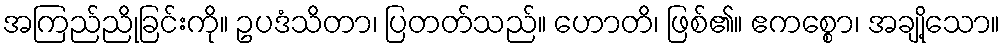
အကြည်ညိုခြင်းကို။ ဥပဒံသိတာ၊ ပြတတ်သည်။ ဟောတိ၊ ဖြစ်၏။ ဧကစ္စော၊ အချို့သော။